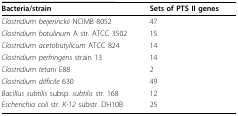
<table><thead><tr><td><b>Bacteria/strain</b></td><td><b>Sets of PTS II genes</b></td></tr></thead><tbody><tr><td><i>Clostridium beijerinckii</i> NCIMB 8052</td><td>47</td></tr><tr><td><i>Clostridium botulinum</i> A str. ATCC 3502</td><td>15</td></tr><tr><td><i>Clostridium acetobutylicum</i> ATCC 824</td><td>14</td></tr><tr><td><i>Clostridium perfringens</i> strain 13</td><td>14</td></tr><tr><td><i>Clostridium tetani</i> E88</td><td>2</td></tr><tr><td><i>Clostridium difficile</i> 630</td><td>49</td></tr><tr><td><i>Bacillus subtilis</i> subsp. <i>subtilis</i> str. 168</td><td>12</td></tr><tr><td><i>Escherichia coli</i> str. <i>K-12</i> substr. DH10B</td><td>25</td></tr></tbody></table>